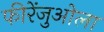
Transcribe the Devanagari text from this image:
फीरेंजुओला